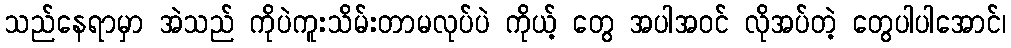
သည်နေရာမှာ အဲသည် ကိုပဲကူးသိမ်းတာမလုပ်ပဲ ကိုယ့် တွေ အပါအဝင် လိုအပ်တဲ့ တွေပါပါအောင်၊